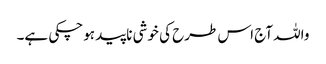
واللہ آج اس طرح کی خوشی ناپید ہوچکی ہے۔